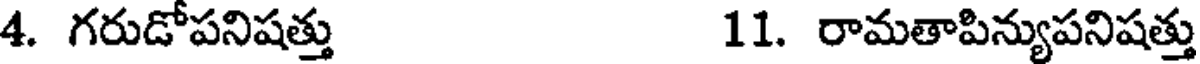
4. గరుడోపనిషత్తు 11. రామతాపిన్యుపనిషత్తు